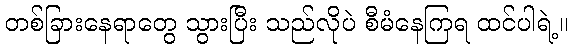
တစ်ခြားနေရာတွေ သွားပြီး သည်လိုပဲ စီမံနေကြရ ထင်ပါရဲ့။